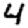
Digit: 4